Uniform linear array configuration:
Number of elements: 64
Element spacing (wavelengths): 1
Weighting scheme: blackman
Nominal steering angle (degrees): -15
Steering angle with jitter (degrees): -15.478
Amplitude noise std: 0.05
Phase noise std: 0.05

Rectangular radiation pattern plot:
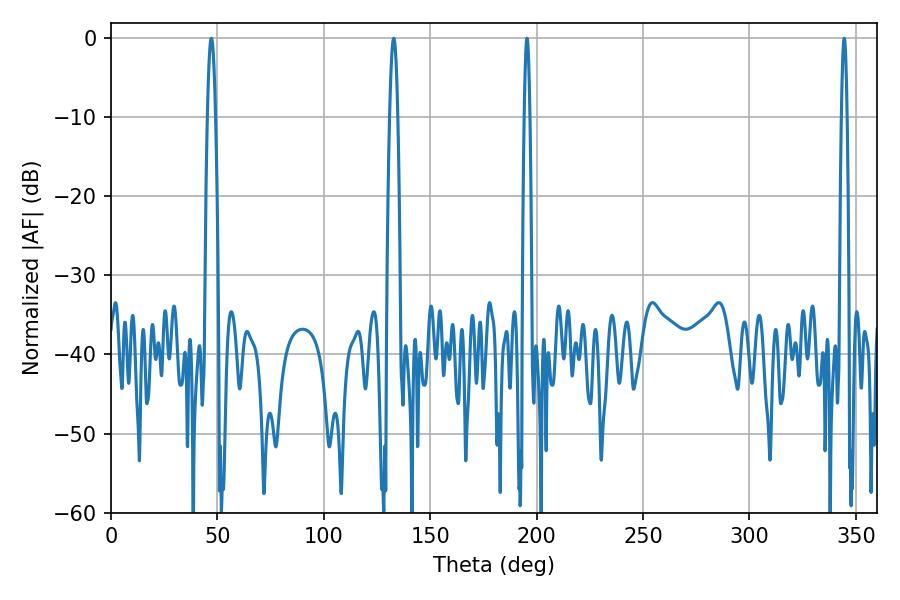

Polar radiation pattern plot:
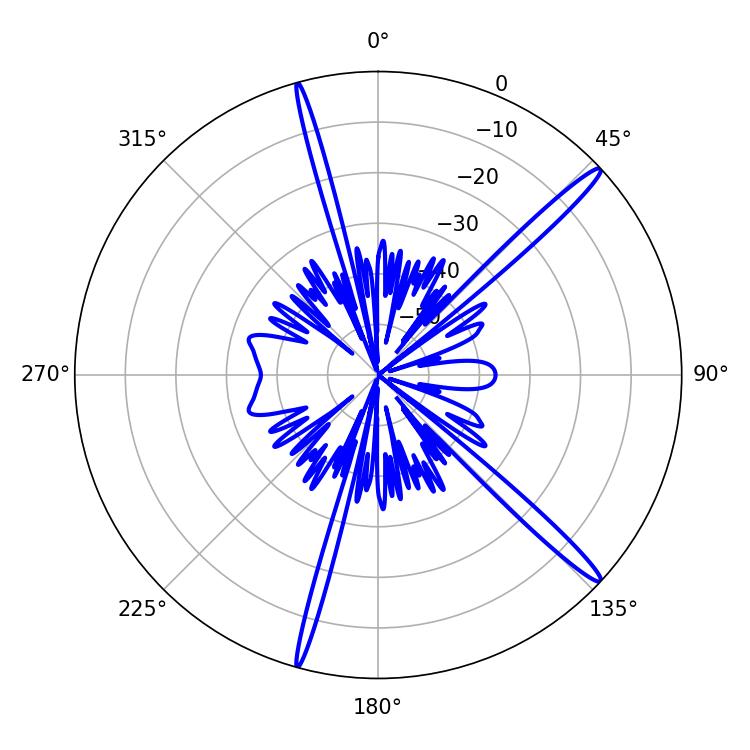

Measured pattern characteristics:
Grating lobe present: TRUE
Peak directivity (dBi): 16.603
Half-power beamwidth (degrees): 1.44
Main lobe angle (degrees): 195.48